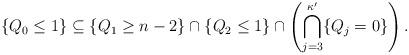
LaTeX: \begin{align*}\{Q_0\leq 1\}\subseteq \{Q_1\geq n-2\} \cap \{Q_2\leq 1\} \cap \left( \bigcap_{j=3}^{\kappa' } \{Q_j=0\} \right).\end{align*}